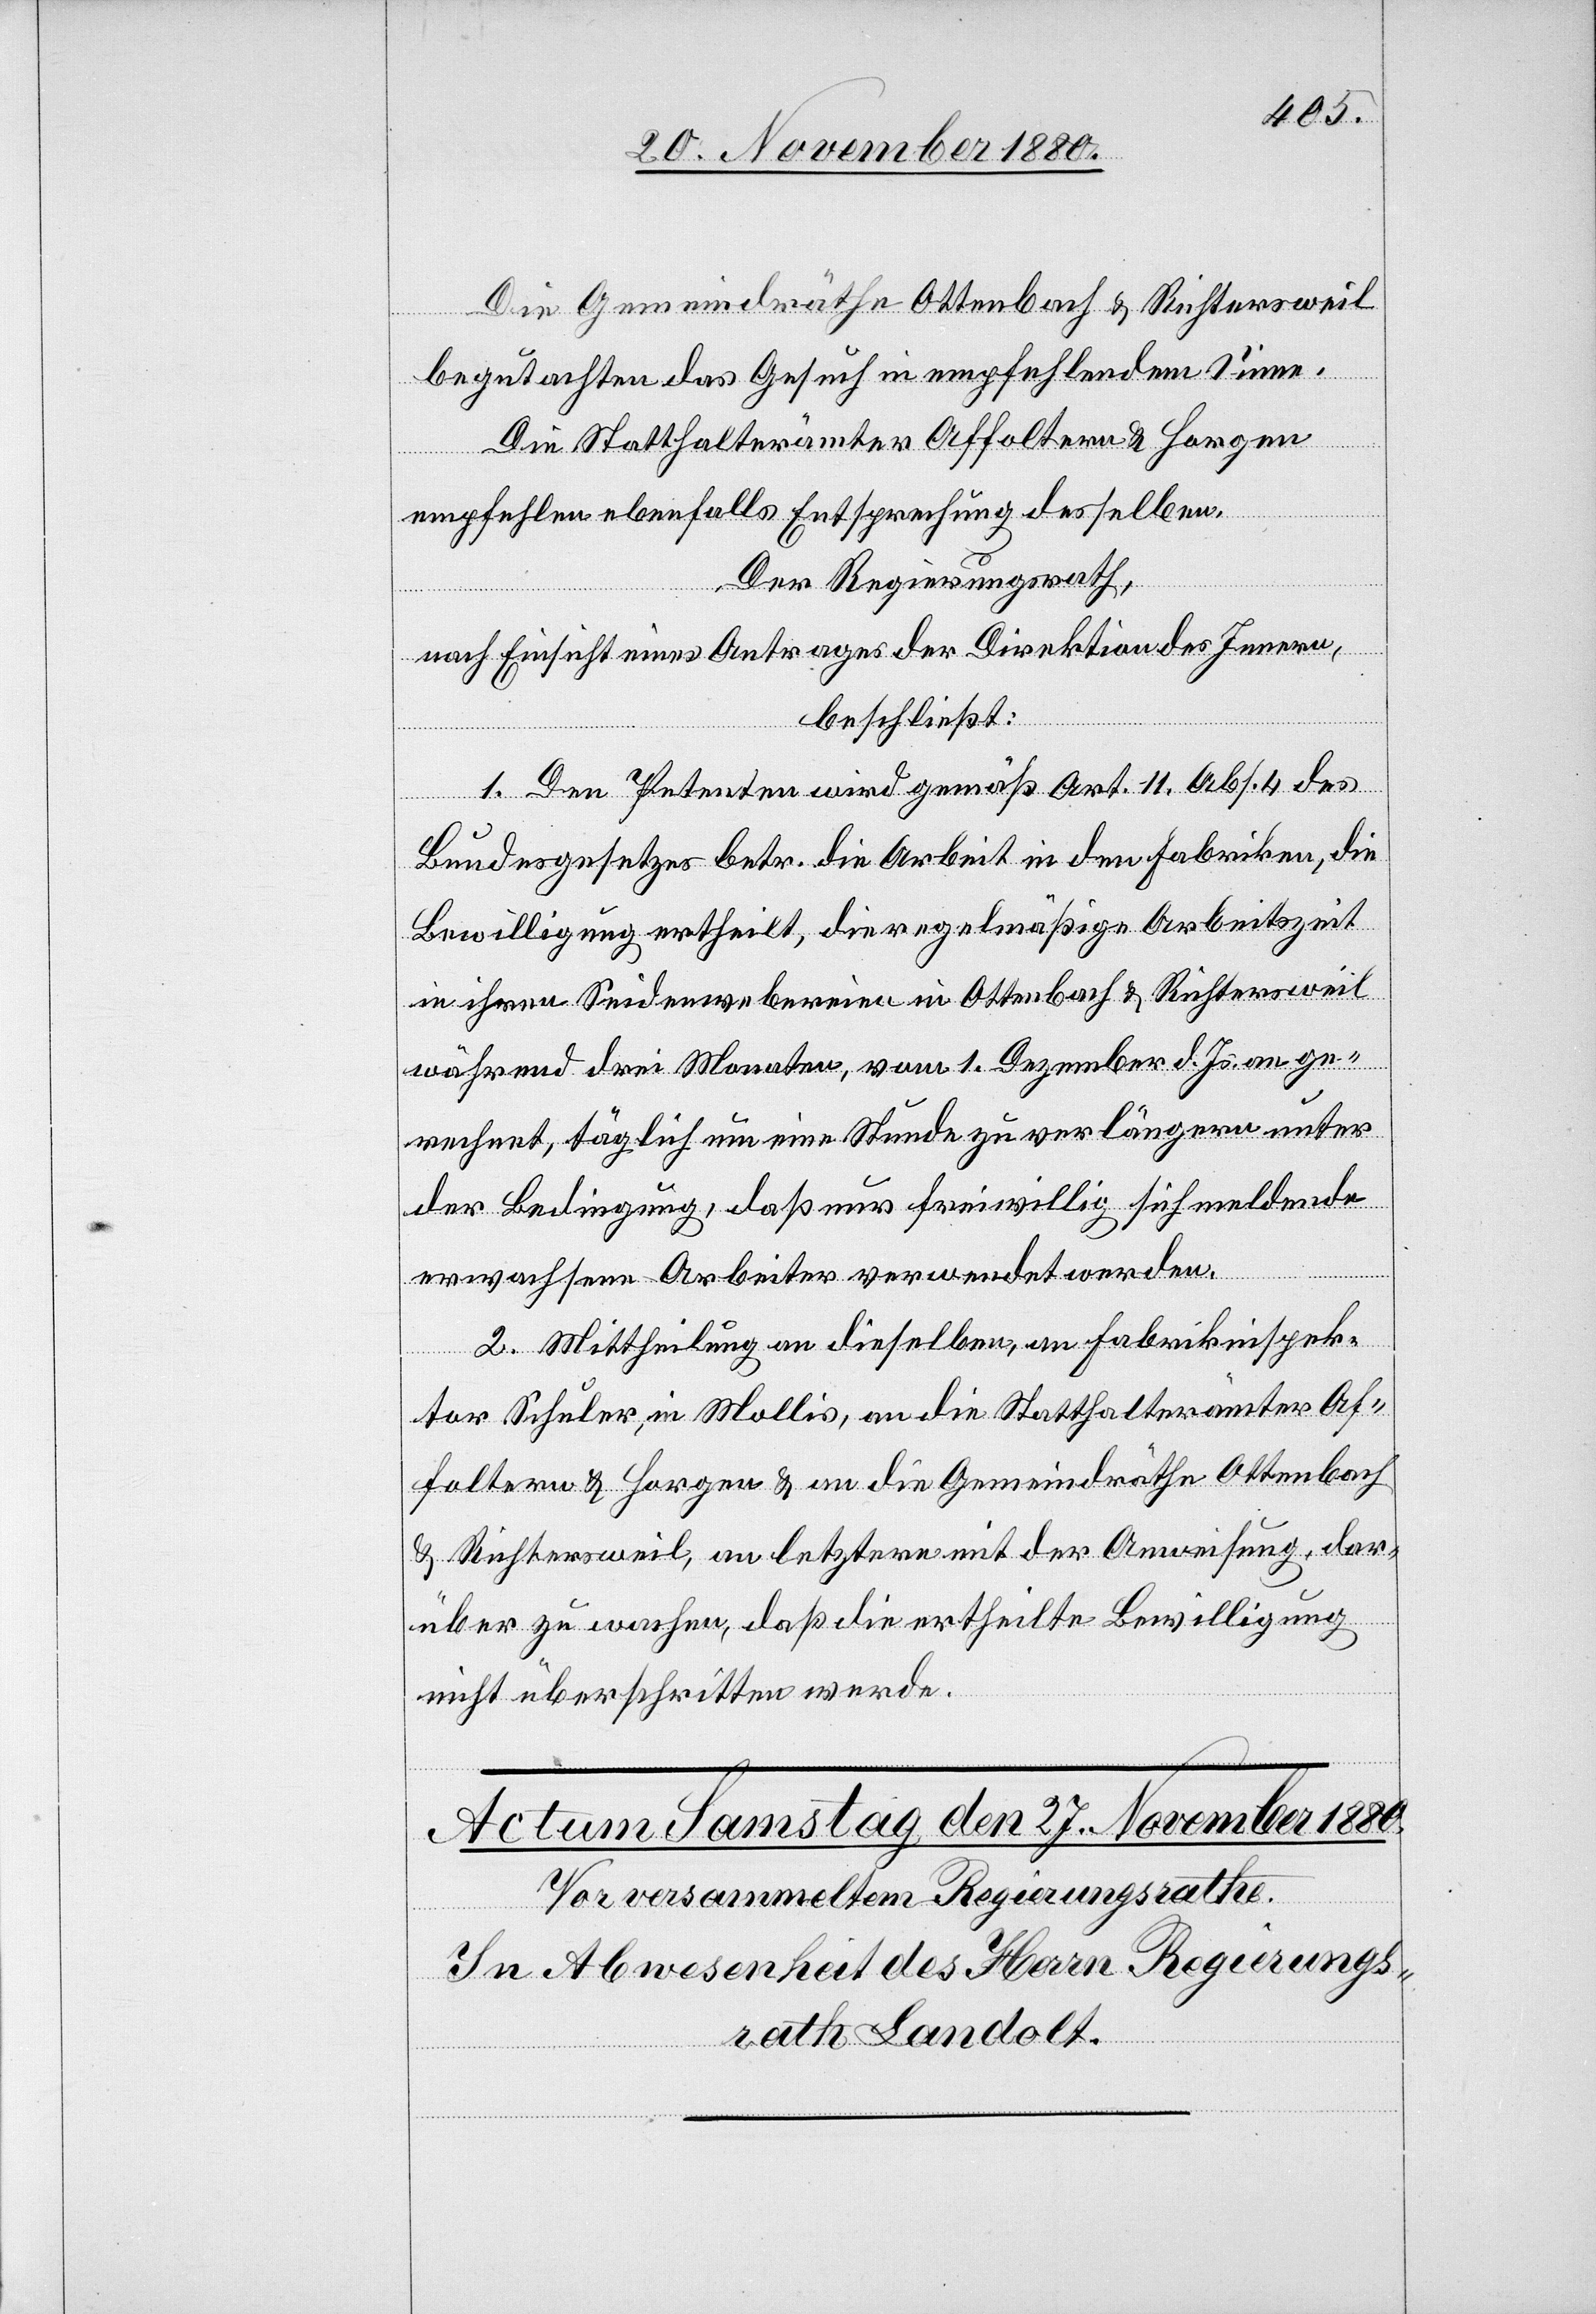
Die Gemeindräthe Ottenbach & Richtersweil
begutachten das Gesuch in empfehlendem Sinne.
Die Statthalterämter Affoltern & Horgen
empfehlen ebenfalls Entsprechung desselben.
Der Regierungsrath,
nach Einsicht eines Antrages der Direktion des Innern,
beschließt:
1. Den Petenten wird gemäß Art. 11, Abs. 4 des
Bundesgesetzes betr. die Arbeit in den Fabriken, die
Bewilligung ertheilt, die regelmäßige Arbeitszeit
in ihren Seidenwebereien in Ottenbach & Richtersweil
während drei Monaten, vom 1. Dezember d. Js. an ge¬
rechnet, täglich um eine Stunde zu verlängern unter
der Bedingung, daß nur freiwillig sich meldende
erwachsene Arbeiter verwendet werden.
2. Mittheilung an dieselben, an Fabrikinspek¬
tor Schuler, in Mollis, an die Statthalterämter Af¬
foltern & Horgen & an die Gemeindräthe Ottenbach
& Richtersweil, an letztere mit der Anweisung, dar¬
über zu wachen, daß die ertheilte Bewilligung
nicht überschritten werde.